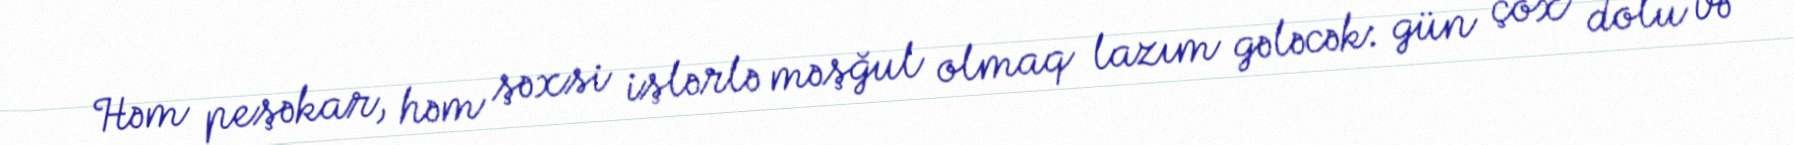
Həm peşəkar, həm şəxsi işlərlə məşğul olmaq lazım gələcək: gün çox dolu və